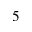
_ 5